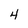
Character: 4